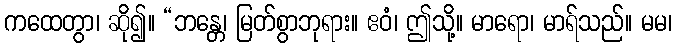
ကထေတွာ၊ ဆို၍။ “ဘန္တေ၊ မြတ်စွာဘုရား။ ဧဝံ၊ ဤသို့။ မာရော၊ မာရ်သည်။ မမ၊